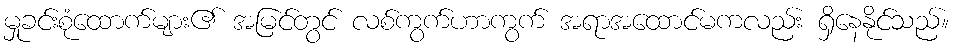
မှုခင်းစုံထောက်များ၏ အမြင်တွင် လစ်ကွက်ဟာကွက် အရာအထောင်မကလည်း ရှိနေနိုင်သည်။